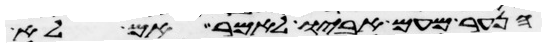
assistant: הנער מעם אביו לאמר אם לא